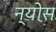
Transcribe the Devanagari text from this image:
न्योस